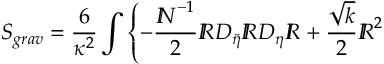
S _ { g r a v } = \frac { 6 } { \kappa ^ { 2 } } \int \left\{ - \frac { { I \! \! N } ^ { - 1 } } { 2 } { I \! \! R } D _ { \bar { \eta } } { I \! \! R } D _ { \eta } { I \! \! R } + \frac { \sqrt { k } } { 2 } { I \! \! R } ^ { 2 } \right.